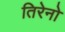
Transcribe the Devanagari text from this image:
तिरेनो